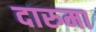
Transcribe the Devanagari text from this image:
दारुमा